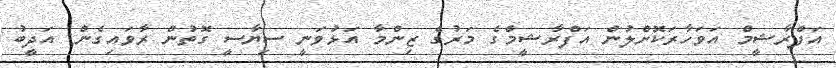
އަފްރާޝީމް އަވަހާރަކޮށްލުން އަފްރާޝީމްގެ މަރުގެ ޒިންމާ އަޅުވަނީ ސިޔާސީ ގޮތުން ރާވައިގެން: އަދީބު